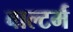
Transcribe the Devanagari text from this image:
वाल्टर्म